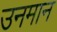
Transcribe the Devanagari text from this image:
उनमान